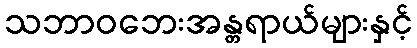
သဘာဝဘေးအန္တရာယ်များနှင့်